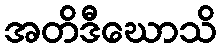
အတိဒီဃောသိ